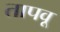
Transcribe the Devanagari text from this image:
तापवू